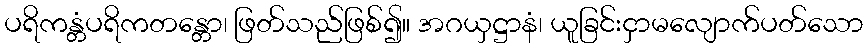
ပရိကန္တံပရိကတန္တော၊ ဖြတ်သည်ဖြစ်၍။ အဂယှဋ္ဌာနံ၊ ယူခြင်းငှာမလျောက်ပတ်သော